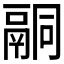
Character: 𮹑